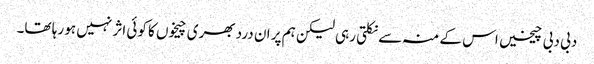
دبی دبی چیخیں اس کے منہ سے نکلتی رہی لیکن ہم پر ان درد بھری چیخوں کا کوئی اثر نہیں ہو رہا تھا۔